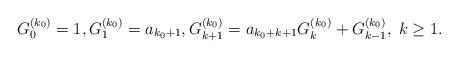
LaTeX: \begin{align*} G_0^{(k_0)}=1,G_1^{(k_0)}=a_{k_0+1},G_{k+1}^{(k_0)}=a_{k_0+k+1} G_k^{(k_0)} + G_{k-1}^{(k_0)},\;k \geq 1.\end{align*}